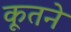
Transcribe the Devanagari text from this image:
कूतने